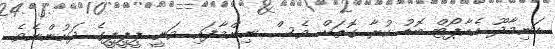
ހަނިމާދޫ އެއާޕޯޓް ބޮޑު ކުރާ ގޮތަށް ވެސް ނިންމާފައި ވަނީ ޕީޕީޕީގެ ދަށުންނެވެ.